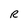
Character: R